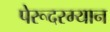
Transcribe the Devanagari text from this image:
पेरूदरम्यान